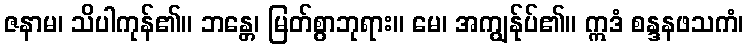
ဇနာမ၊ သိပါကုန်၏။ ဘန္တေ၊ မြတ်စွာဘုရား။ မေ၊ အကျွန်ုပ်၏။ ဣဒံ စန္ဒနဖသကံ၊